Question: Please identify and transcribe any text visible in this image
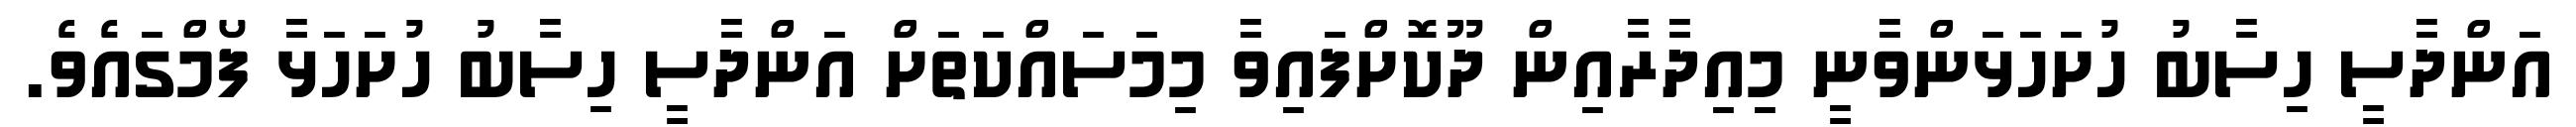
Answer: އަންދާސީ ހިސާބު ހުށަހަޅަންވާނީ މިއިދާރާއިން ދޫކޮށްފައިވާ މިމަސައްކަތަށް އަންދާސީ ހިސާބު ހުށަހަޅާ ފޯމްގައެވެ.